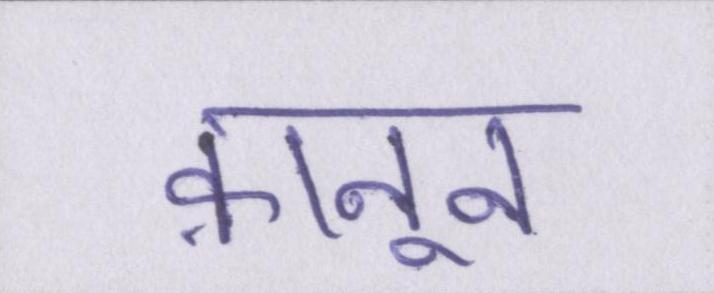
क़ानून